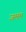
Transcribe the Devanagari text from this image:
जमम